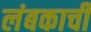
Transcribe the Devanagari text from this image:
लंबकाची